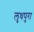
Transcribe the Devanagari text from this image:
लुधपुरा